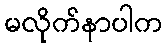
မလိုက်နာပါက